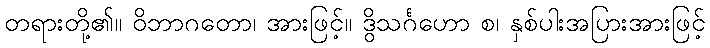
တရားတို့၏။ ဝိဘာဂတော၊ အားဖြင့်။ ဒွိသင်္ဂဟော စ၊ နှစ်ပါးအပြားအားဖြင့်